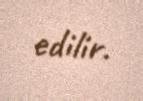
edilir.